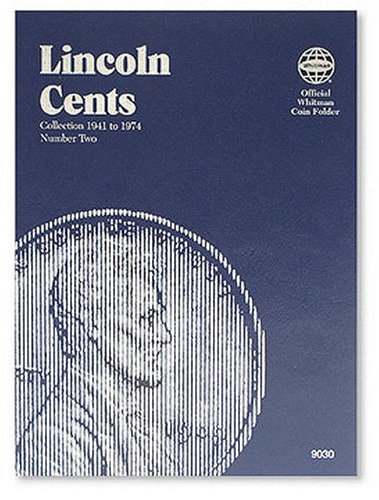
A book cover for Lincoln Cents Folder #2, 1941-1974; Whitman; Crafts, Hobbies & Home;